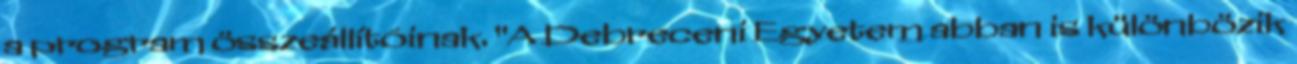
a program összeállítóinak. "A Debreceni Egyetem abban is különbözik